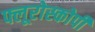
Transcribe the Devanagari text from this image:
फ्लूरोस्कोपी